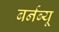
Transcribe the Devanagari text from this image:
बर्नब्यू